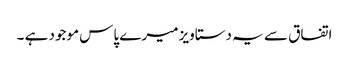
اتفاق سے یہ دستاویز میرے پاس موجود ہے ۔